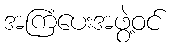
အကြံပေးအဖွဲ့ဝင်